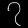
Digit: ၇